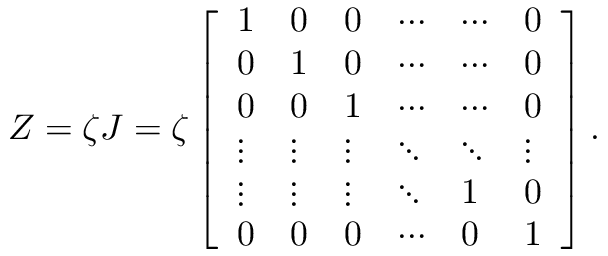
Z = \zeta J = \zeta \left[ \begin{array} { l l l l l l } { 1 } & { 0 } & { 0 } & { \cdots } & { \cdots } & { 0 } \\ { 0 } & { 1 } & { 0 } & { \cdots } & { \cdots } & { 0 } \\ { 0 } & { 0 } & { 1 } & { \cdots } & { \cdots } & { 0 } \\ { \vdots } & { \vdots } & { \vdots } & { \ddots } & { \ddots } & { \vdots } \\ { \vdots } & { \vdots } & { \vdots } & { \ddots } & { 1 } & { 0 } \\ { 0 } & { 0 } & { 0 } & { \cdots } & { 0 } & { 1 } \end{array} \right] .